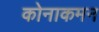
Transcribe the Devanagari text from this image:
कोनाकमन